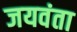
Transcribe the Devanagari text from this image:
जयवंता